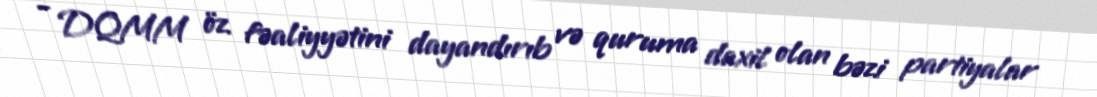
- DQMM öz fəaliyyətini dayandırıb və quruma daxil olan bəzi partiyalar